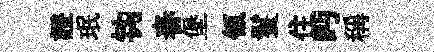
證珉钩舂堡瓴鬟住眄稱